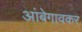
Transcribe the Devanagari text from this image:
आंबेगावकर